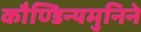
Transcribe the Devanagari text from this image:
कौण्डिन्यमुनिने